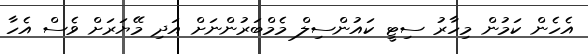
އެެހެން ކަމުން މިހާރު ސިޓީ ކައުންސިލް މެމްބަރުންނަށް އަދި މޭޔަރަށް ވެސް އެހާ